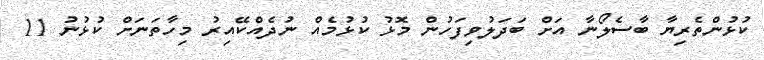
ކުޅުންތެރިޔާ ބާސެލޯނާ އަށް ބަދަލުވިފަހުން މޮޅު ކުޅުމެއް ނުދެއްކޭއިރު މިހާތަނަށް ކުޅުނު 11